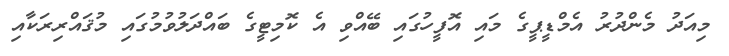
މިއަދު މެންދުރު އެމްޑީޕީގެ މައި އޮފީހުގައި ބޭއްވި އެ ކޮމިޓީގެ ބައްދަލުވުމުގައި މުޤައްރިރަކާއި